Scottish Certificate of Education, 1962
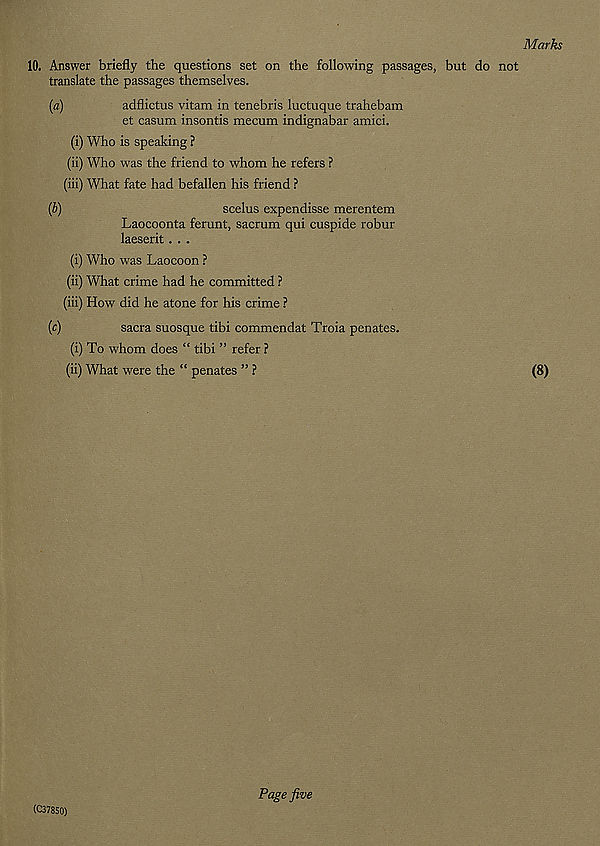
10. Answer briefly the questions set on the following passages, but do not
translate the passages themselves.
(a)
adflictus vitam in tenebris luctuque trahebam
et casum insontis mecum indignabar amici.
(i) Who is speaking ?
(ii) Who was the friend to whom he refers ?
(iii) What fate had befallen his friend ?
(b)
scelus expendisse merentem
Laocoonta ferunt, sacrum qui cuspide robur
laeserit . . .
(i) Who was Laocoon ?
(ii) What crime had he committed ?
(iii) How did he atone for his crime ?
(c)
sacra suosque tibi commendat Troia penates.
(i) To whom does “ tibi ” refer ?
(ii) What were the “ penates ” ?
(C378S0)
Page five